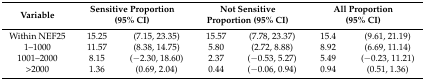
<table><thead><tr><td><b>Variable</b></td><td colspan="2"><b>Sensitive Proportion (95% CI)</b></td><td colspan="2"><b>Not Sensitive Proportion (95% CI)</b></td><td colspan="2"><b>All Proportion (95% CI)</b></td></tr></thead><tbody><tr><td>Within NEF25</td><td>15.25</td><td>(7.15, 23.35)</td><td>15.57</td><td>(7.78, 23.37)</td><td>15.4</td><td>(9.61, 21.19)</td></tr><tr><td>1–1000</td><td>11.57</td><td>(8.38, 14.75)</td><td>5.80</td><td>(2.72, 8.88)</td><td>8.92</td><td>(6.69, 11.14)</td></tr><tr><td>1001–2000</td><td>8.15</td><td>(−2.30, 18.60)</td><td>2.37</td><td>(−0.53, 5.27)</td><td>5.49</td><td>(−0.23, 11.21)</td></tr><tr><td>&gt;2000</td><td>1.36</td><td>(0.69, 2.04)</td><td>0.44</td><td>(−0.06, 0.94)</td><td>0.94</td><td>(0.51, 1.36)</td></tr></tbody></table>